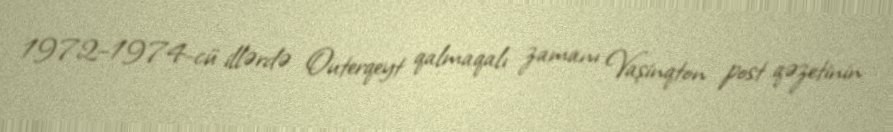
1972–1974-cü illərdə Outerqeyt qalmaqalı zamanı Vaşinqton post qəzetinin